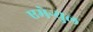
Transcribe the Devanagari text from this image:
एमेन्युल